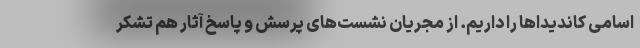
اسامی کاندیداها را داریم. از مجریان نشست‌های پرسش و پاسخ آثار هم تشکر